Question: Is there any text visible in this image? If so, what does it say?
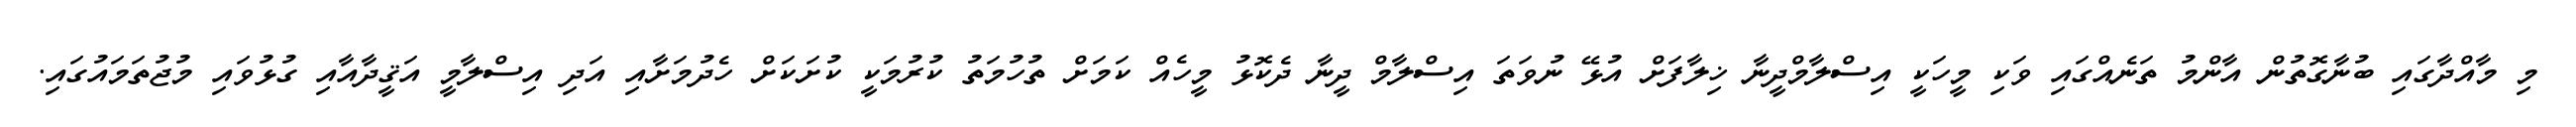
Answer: މި މާއްދާގައި ބުނާގޮތުން އާންމު ތަނެއްގައި ވަކި މީހަކީ އިސްލާމްދީނާ ޚިލާފަށް އުޅޭ ނުވަތަ އިސްލާމް ދީނާ ދެކޮޅު މީހެއް ކަމަށް ތުހުމަތު ކުރުމަކީ ކުށަކަށް ހެދުމަށާއި އަދި އިސްލާމީ އަޤީދާއާއި ގުޅުވައި މުޖުތަމައުގައި.